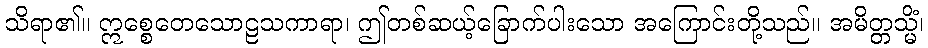
သိရာ၏။ ဣစ္စေတေသောဠသကာရာ၊ ဤတစ်ဆယ့်ခြောက်ပါးသော အကြောင်းတို့သည်။ အမိတ္တသ္မိံ၊